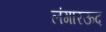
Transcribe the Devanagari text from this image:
लंगारऊद